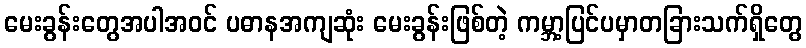
မေးခွန်းတွေအပါအဝင် ပဓာနအကျဆုံး မေးခွန်းဖြစ်တဲ့ ကမ္ဘာ့ပြင်ပမှာတခြားသက်ရှိတွေ